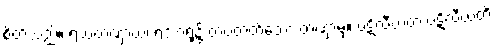
စိတ်သည်။ ရသတဏှာယ၊ ရသာရုံ၌ တပ်တတ်သော တဏှာမှ။ ပဋိလီယတံ ပဋိလီယတိ